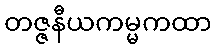
တဇ္ဇနီယကမ္မကထာ